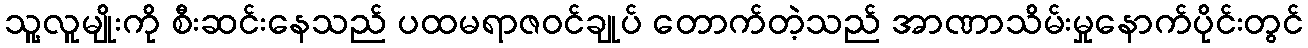
သူ့လူမျိုးကို စီးဆင်းနေသည် ပထမရာဇဝင်ချုပ် တောက်တဲ့သည် အာဏာသိမ်းမှုနောက်ပိုင်းတွင်